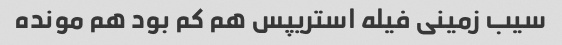
سیب زمینی فیله استریپس هم کم بود هم مونده